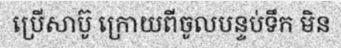
ប្រើសាប៊ូ ក្រោយពីចូលបន្ទប់ទឹក មិន